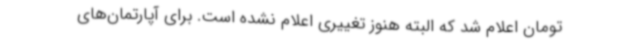
تومان اعلام شد که البته هنوز تغییری اعلام نشده است. برای آپارتمان‌های